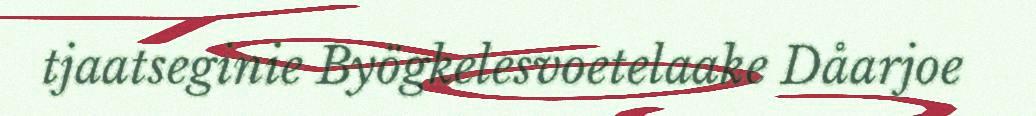
tjaatseginie Byögkelesvoetelaake Dåarjoe